King Institute of Preventive Medicine Bacteriolog. Section reports 1907-08
Year: 1907
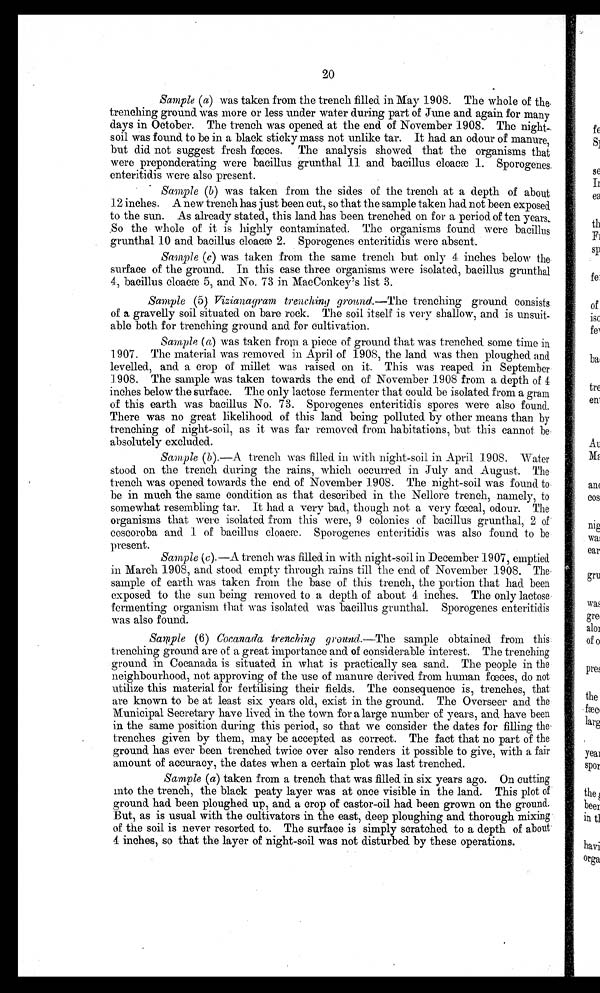
20
Sample (a) was taken from the trench filled in May 1908. The whole of the
trenching ground was more or less under water during part of June and again for many
days in October. The trench was opened at the end of November 1908. The night-
soil was found to be in a black sticky mass not unlike tar. It had an odour of manure,
but did not suggest fresh fœces. The analysis showed that the organisms that
were preponderating were bacillus grunthal 11 and bacillus cloacæ 1. Sporogenes
enteritidis were also present.
Sample (b) was taken from the sides of the trench at a depth of about
12 inches. A new trench has just been cut, so that the sample taken had not been exposed
to the sun. As already stated, this land has been trenched on for a period of ten years.
So the whole of it is highly contaminated. The organisms found were bacillus
grunthal 10 and bacillus cloacæ 2. Sporogenes enteritidis were absent.
Sample (c) was taken from the same trench but only 4 inches below the
surface of the ground. In this case three organisms were isolated, bacillus grunthal
4, bacillus cloacæ 5, and No. 73 in MacConkey's list 3.
Sample (5) Vizianagram trenching ground.—The trenching ground consists
of a gravelly soil situated on bare rock. The soil itself is very shallow, and is unsuit-
able both for trenching ground and for cultivation.
Sampie (a) was taken from a piece of ground that was trenched some time in
1907. The material was removed in April of 1908, the land was then ploughed and
levelled, and a crop of millet was raised on it. This was reaped in September
1908. The sample was taken towards the end of November 1908 from a depth of 4
inches below the surface. The only lactose fermenter that could be isolated from a gram
of this earth was bacillus No. 73. Sporogenes enteritidis spores were also found.
There was no great likelihood of this land being polluted by other means than by
trenching of night-soil, as it was far removed from habitations, but this cannot be
absolutely excluded.
Sample (b).—A trench was filled in with night-soil in April 1908. Water
stood on the trench during the rains, which occurred in July and August. The
trench was opened towards the end of November 1908. The night-soil was found to
be in much the same condition as that described in the Nellore trench, namely, to
somewhat resembling tar. It had a very bad, though not a very fœcal, odour. The
organisms that were isolated from this were, 9 colonies of bacillus grunthal, 2 of
coscoroba and 1. of bacillus cloacæ. Sporogenes enteritidis was also found to be
present.
Sampie (c).—A trench was filled in with night-soil in December 1907, emptied
in March 1908, and stood empty through rains till the end of November 1908. The
sample of earth was taken from the base of this trench, the portion that had been
exposed to the sun being removed to a depth of about 4 inches. The only lactose
fermenting organism that was isolated was bacillus grunthal. Sporogenes enteritidis
was also found.
Sample (6) Cocanada trenching ground.—The sample obtained from this
trenching ground are of a great importance and of considerable interest. The trenching
ground in Cocanada is situated in what is practically sea sand. The people in the
neighbourhood, not approving of the use of manure derived from human fœces, do not
utilize this material for fertilising their fields. The consequence is, trenches, that
are known to be at least six years old, exist in the ground. The Overseer and the
Municipal Secretary have lived in the town f or a large number of years, and have been
in the same position during this period, so that we consider the dates for filling the
trenches given by them, may be accepted as correct. The fact that no part of the
ground has ever been trenched twice over also renders it possible to give, with a fair
amount of accuracy, the dates when a certain plot was last trenched.
Sample (a) taken from a trench that was filled in six years ago. On cutting
into the trench, the black peaty layer was at once visible in the land. This plot of
ground had been ploughed up, and a crop of castor-oil had been grown on the ground.
But, as is usual with the cultivators in the east, deep ploughing and thorough mixing
of the soil is never resorted to. The surface is simply scratched to a depth of about
4 inches, so that the layer of night-soil was not disturbed by these operations.